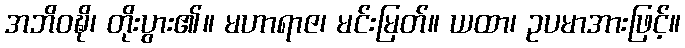
အဘိဝဍ္ဎိ၊ တိုးပွား၏။ မဟာရာဇ၊ မင်းမြတ်။ ယထာ၊ ဥပမာအားဖြင့်။